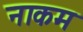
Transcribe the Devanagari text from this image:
नाकम